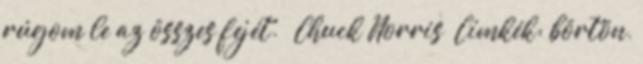
rúgom le az összes fejét.” Chuck Norris Címkék: börtön,